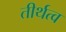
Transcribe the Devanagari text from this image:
तीर्थत्व